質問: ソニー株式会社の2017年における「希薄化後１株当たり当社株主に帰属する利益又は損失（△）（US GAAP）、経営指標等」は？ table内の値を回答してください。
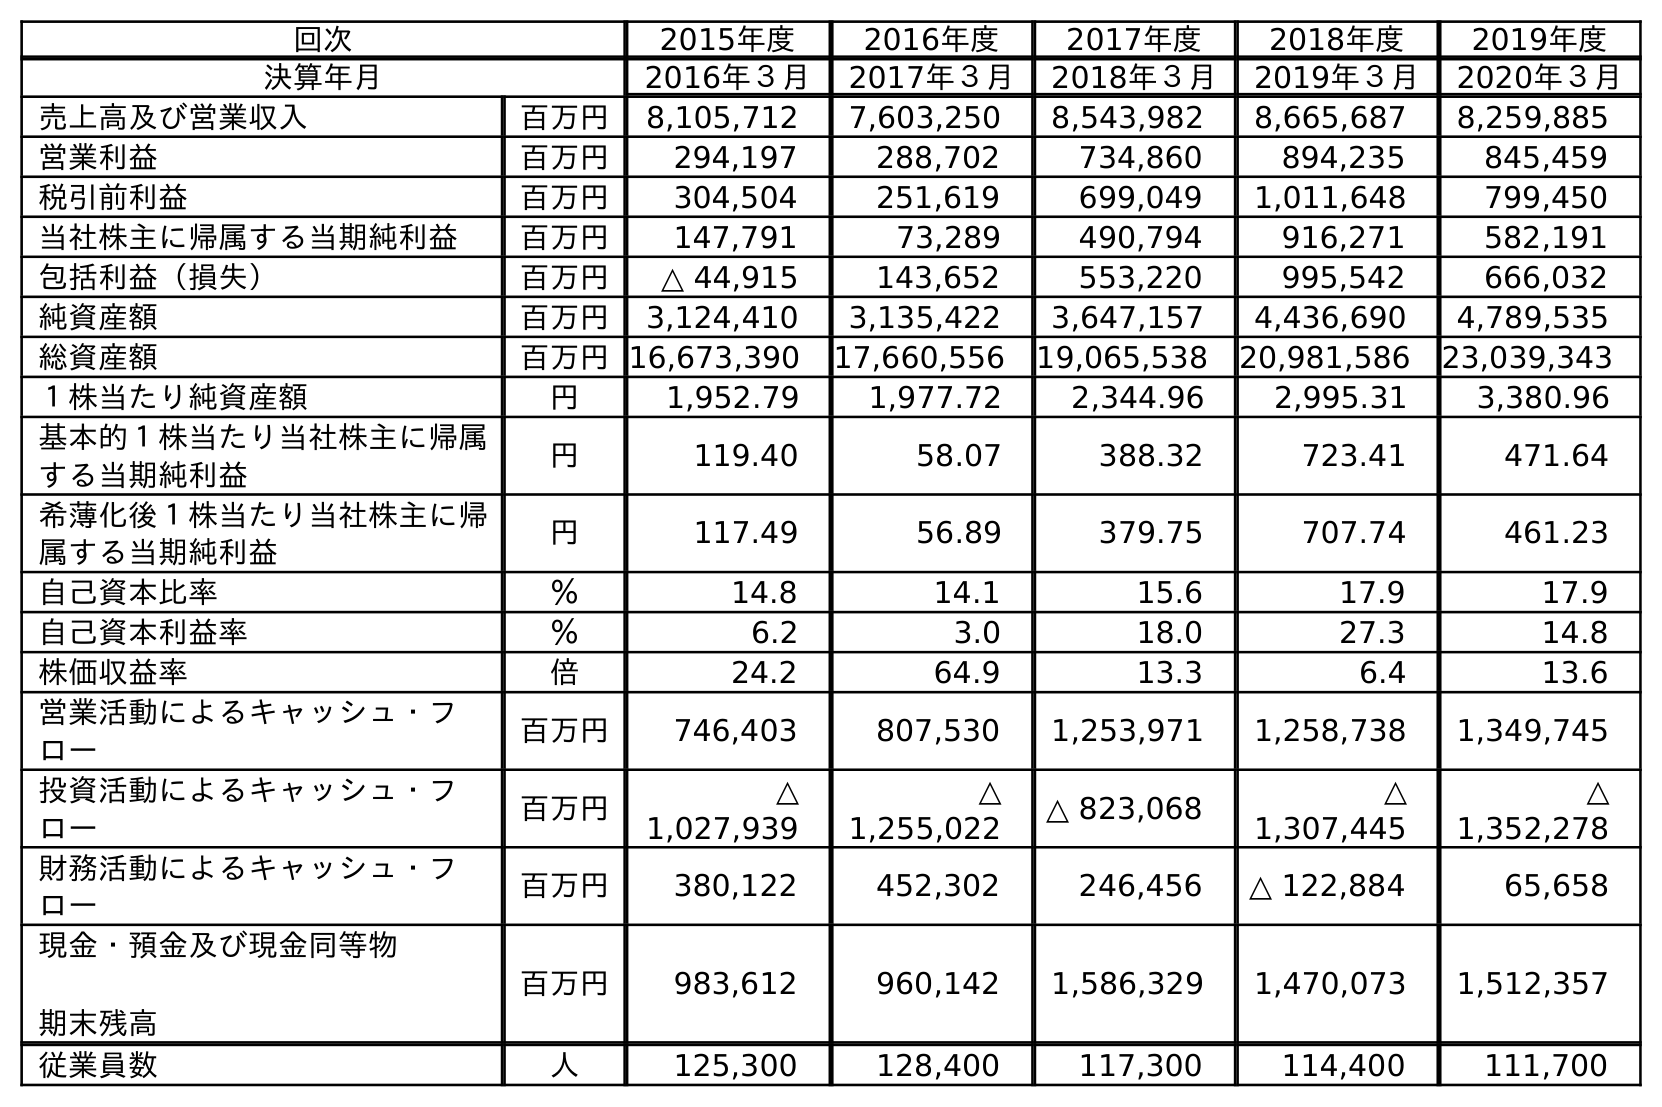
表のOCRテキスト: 回次 2015年度 2016年度 2017年度 2018年度 2019年度 決算年月 2016年３月 2017年３月 2018年３月 2019年３月 2020年３月 売上高及び営業収入 百万円 8,105,712 7,603,250 8,543,982 8,665,687 8,259,885 営業利益 百万円 294,197 288,702 734,860 894,235 845,459 税引前利益 百万円 304,504 251,619 699,049 1,011,648 799,450 当社株主に帰属する当期純利益 百万円 147,791 73,289 490,794 916,271 582,191 包括利益（損失） 百万円 △ 44,915 143,652 553,220 995,542 666,032 純資産額 百万円 3,124,410 3,135,422 3,647,157 4,436,690 4,789,535 総資産額 百万円16,673,390 17,660,556 19,065,538 20,981,586 23,039,343 １株当たり純資産額 円 1,952.79 1,977.72 2,344.96 2,995.31 3,380.96 基本的１株当たり当社株主に帰属 する当期純利益 円 119.40 58.07 388.32 723.41 471.64 希薄化後１株当たり当社株主に帰 属する当期純利益 円 117.49 56.89 379.75 707.74 461.23 自己資本比率 ％ 14.8 14.1 15.6 17.9 17.9 自己資本利益率 ％ 6.2 3.0 18.0 27.3 14.8 株価収益率 倍 24.2 64.9 13.3 6.4 13.6 営業活動によるキャッシュ・フ ロー 百万円 746,403 807,530 1,253,971 1,258,738 1,349,745 投資活動によるキャッシュ・フ ロー 百万円 △ 1,027,939 △ 1,255,022 △ 823,068 △ 1,307,445 △ 1,352,278 財務活動によるキャッシュ・フ ロー 百万円 380,122 452,302 246,456 △ 122,884 65,658 現金・預金及び現金同等物 期末残高 百万円 983,612 960,142 1,586,329 1,470,073 1,512,357 従業員数 人 125,300 128,400 117,300 114,400 111,700
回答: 56.89